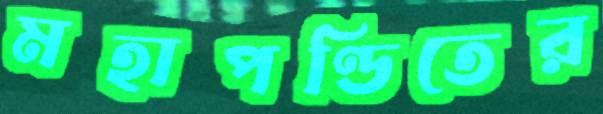
মহাপণ্ডিতের